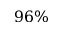
9 6 \%